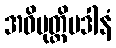
အဓိမုတ္တိပဒါနံ